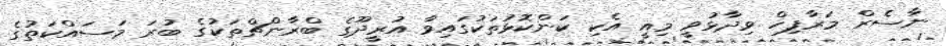
ނާސެރް މަރާފިހް ވިދާޅުވީ މިއީ އެކި ކަންކޮޅުތަކުގައިވާ އުރީދޫގެ ބްރާންޗްތަކުގެ ބުރަ މަސައްކަތުގެ